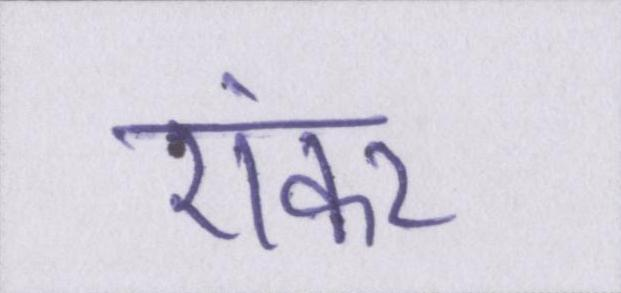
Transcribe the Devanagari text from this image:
एंकर